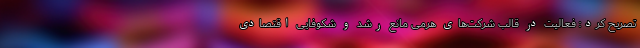
تصریح کرد: فعالیت در قالب شرکت‌های هرمی مانع رشد و شکوفایی اقتصادی